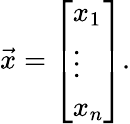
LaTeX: {\vec{x}}={\left[\begin{array}{l}{x_{1}}\\ {\vdots}\\ {x_{n}}\end{array}\right]}.